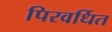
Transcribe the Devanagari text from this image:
पिरवर्धित